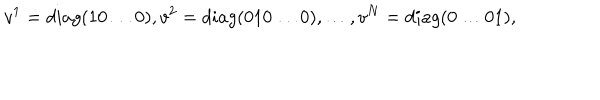
v ^ { 1 } = d i a g ( 1 0 \ldots 0 ) , v ^ { 2 } = d i a g ( 0 1 0 \ldots 0 ) , \ldots , v ^ { N } = d i a g ( 0 \ldots 0 1 ) ,